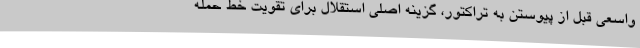
واسعی قبل از پیوستن به تراکتور، گزینه اصلی استقلال برای تقویت خط حمله